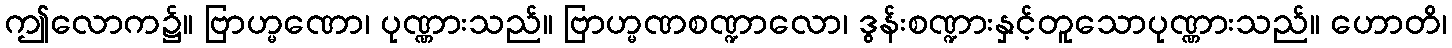
ဤလောက၌။ ဗြာဟ္မဏော၊ ပုဏ္ဏားသည်။ ဗြာဟ္မဏစဏ္ဍာလော၊ ဒွန်းစဏ္ဍားနှင့်တူသောပုဏ္ဏားသည်။ ဟောတိ၊